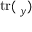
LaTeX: \operatorname { t r } ( \mathbf { \Sigma } _ { y } )